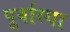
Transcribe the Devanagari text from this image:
पूर्वास्था